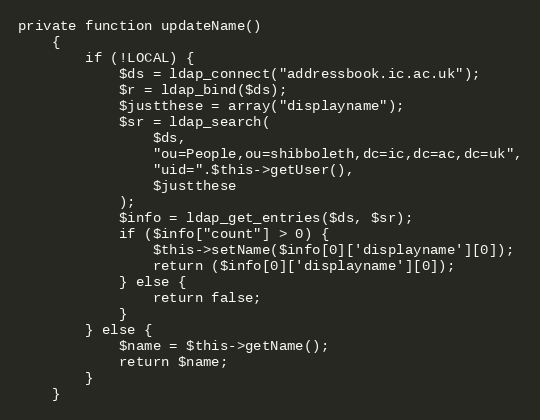
Language: PHP
private function updateName()
    {
        if (!LOCAL) {
            $ds = ldap_connect("addressbook.ic.ac.uk");
            $r = ldap_bind($ds);
            $justthese = array("displayname");
            $sr = ldap_search(
                $ds,
                "ou=People,ou=shibboleth,dc=ic,dc=ac,dc=uk",
                "uid=".$this->getUser(),
                $justthese
            );
            $info = ldap_get_entries($ds, $sr);
            if ($info["count"] > 0) {
                $this->setName($info[0]['displayname'][0]);
                return ($info[0]['displayname'][0]);
            } else {
                return false;
            }
        } else {
            $name = $this->getName();
            return $name;
        }
    }